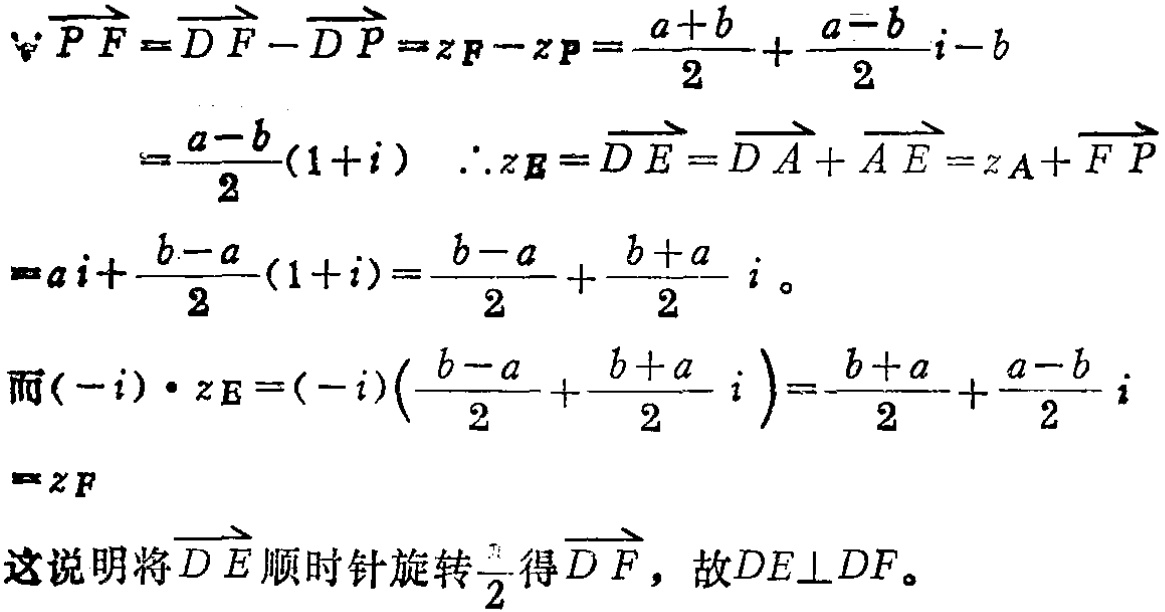
\[
\begin{align*}
\because\overrightarrow{PF}&=\overrightarrow{DF}-\overrightarrow{DP}=z_F - z_P=\frac{a + b}{2}+\frac{a - b}{2}i - b\\
&=\frac{a - b}{2}(1 + i)\quad\therefore z_E=\overrightarrow{DE}=\overrightarrow{DA}+\overrightarrow{AE}=z_A+\overrightarrow{FP}\\
&=ai+\frac{b - a}{2}(1 + i)=\frac{b - a}{2}+\frac{b + a}{2}i\\
\end{align*}
\]
\[
\begin{align*}
\text{而}(-i)\cdot z_E&=(-i)\left(\frac{b - a}{2}+\frac{b + a}{2}i\right)=\frac{b + a}{2}+\frac{a - b}{2}i\\
&=z_F
\end{align*}
\]
这说明将\(\overrightarrow{DE}\)顺时针旋转\(\frac{\pi}{2}\)得\(\overrightarrow{DF}\)，故\(DE\perp DF\)。